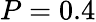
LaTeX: P=0.4